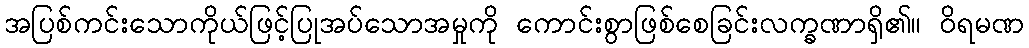
အပြစ်ကင်းသောကိုယ်ဖြင့်ပြုအပ်သောအမှုကို ကောင်းစွာဖြစ်စေခြင်းလက္ခဏာရှိ၏။ ဝိရမဏ